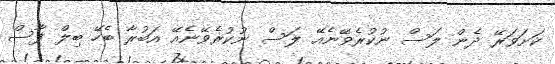
ކަށަވަރޭ ދެން ލަސް ނުކުރެވޭނެއޭ ލަސް ނުކުރެވޭނެއޭ އަބުރާ ބެހޭ ބިލް ފާސް